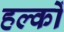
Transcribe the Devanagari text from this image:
हल्कों